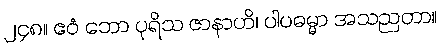
၂၄၈။ ဧဝံ ဘော ပုရိသ ဇာနာဟိ၊ ပါပဓမ္မာ အသညတာ။